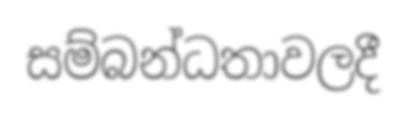
සම්බන්ධතාවලදී